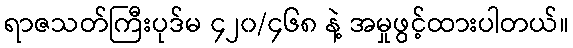
ရာဇသတ်ကြီးပုဒ်မ ၄၂၀/၄၆၈ နဲ့ အမှုဖွင့်ထားပါတယ်။